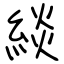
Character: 緂